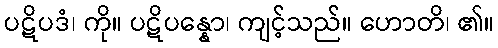
ပဋိပဒံ၊ ကို။ ပဋိပန္နော၊ ကျင့်သည်။ ဟောတိ၊ ၏။